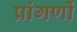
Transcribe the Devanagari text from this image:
प्रांगणों